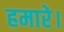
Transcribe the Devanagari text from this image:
हमारे।